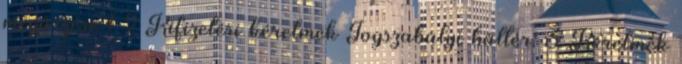
megőrzése 1 2 Kifizetési kérelmek Jogszabályi háttér: 3 Kérelmek